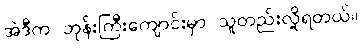
အဲဒီက ဘုန်းကြီးကျောင်းမှာ သူတည်းလို့ရတယ်။